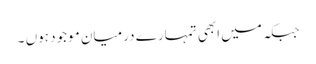
جبکہ میں ابھی تمہارے درمیان موجود ہوں ۔